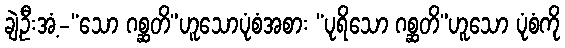
ချဲ့ဦးအံ့-“သော ဂစ္ဆတိ”ဟူသောပုံစံအစား “ပုရိသော ဂစ္ဆတိ”ဟူသော ပုံစံကို